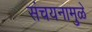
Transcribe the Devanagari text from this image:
संचयनामुळे